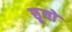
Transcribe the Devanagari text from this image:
छूयो